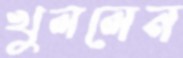
খুললেন